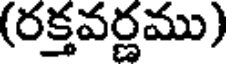
(రక్తవర్ణము)